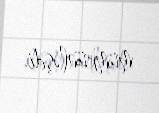
mümkünləşdi.